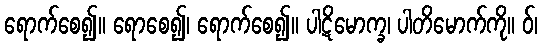
ရောက်စေ၍။ ရောစေ၍၊ ရောက်စေ၍။ ပါဋိမောက္ခ၊ ပါတိမောက်ကို။ ဝ်၊